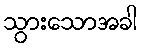
သွားသောအခါ